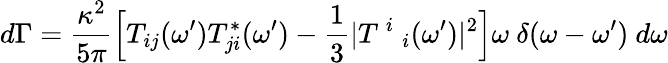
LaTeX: d\Gamma=\frac{\kappa^{2}}{5\pi}\Big[T_{ij}(\omega^{\prime})T_{ji}^{*}(\omega^{\prime})-\frac{1}{3}|T~^{i}~_{i}(\omega^{\prime})|^{2}\Big]\omega~\delta(\omega-\omega^{\prime})~d\omega